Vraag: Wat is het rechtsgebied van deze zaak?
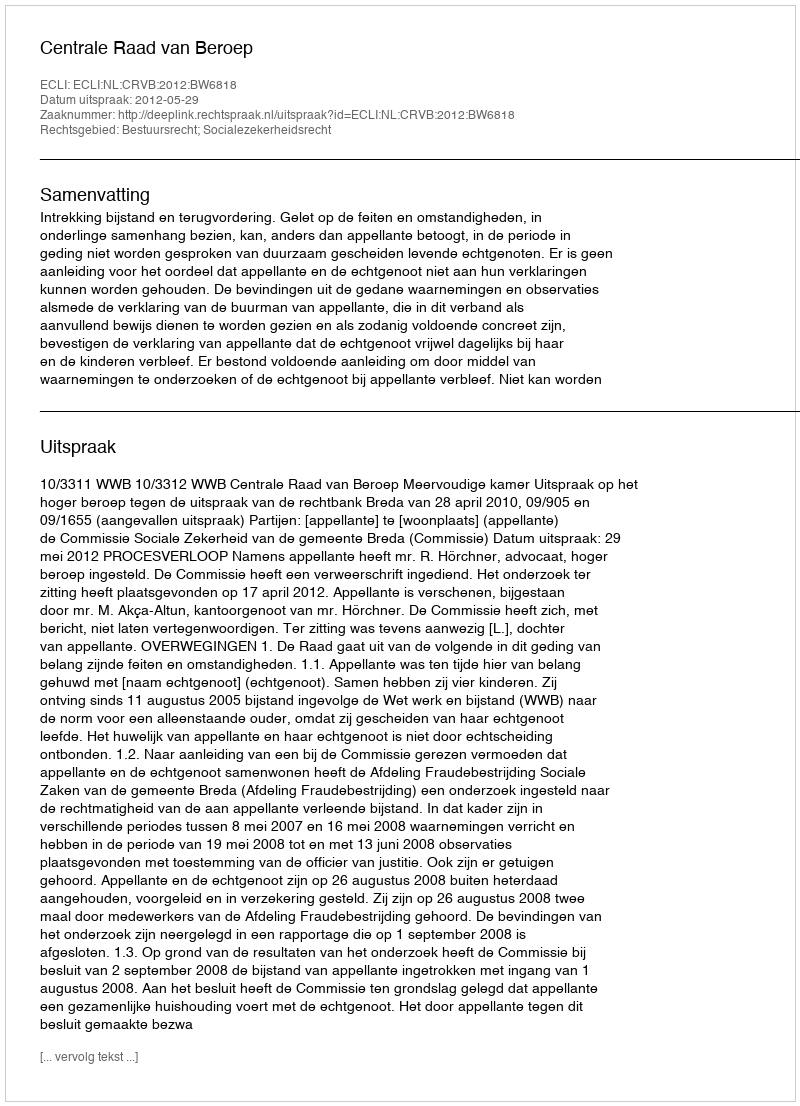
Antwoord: Bestuursrecht; Socialezekerheidsrecht